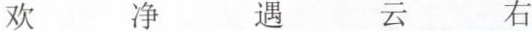
欢 净 遇 云 右